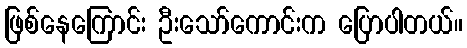
ဖြစ်နေကြောင်း ဦးသော်ကောင်းက ပြောပါတယ်။